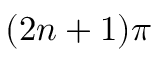
( 2 n + 1 ) \pi